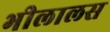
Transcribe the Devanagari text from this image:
भीलालस